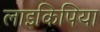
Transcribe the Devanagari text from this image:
लाइकिपिया